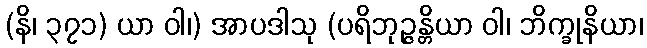
(နိ၊ ၃၇၁) ယာ ဝါ၊) အာပဒါသု (ပရိဘုဉ္ဇန္တိယာ ဝါ၊ ဘိက္ခုနိယာ၊